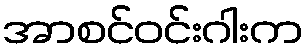
အာစင်ဝင်းဂါးက